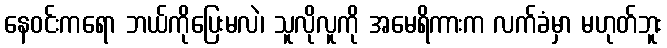
နေဝင်းကရော ဘယ်ကိုပြေးမလဲ၊ သူလိုလူကို အမေရိကားက လက်ခံမှာ မဟုတ်ဘူး